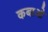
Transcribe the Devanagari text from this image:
कबाओ